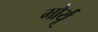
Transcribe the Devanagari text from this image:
मोर्यू